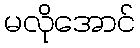
မလိုအောင်